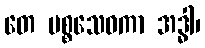
တေ ပစ္စသေဝကာ အဒ္ဓါ၊